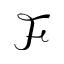
\mathcal { F }